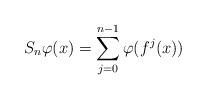
\begin{align*} S_n \varphi (x) = \sum\limits_{j=0}^{n-1} \varphi(f^j(x)) \end{align*}